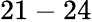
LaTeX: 21-24